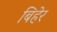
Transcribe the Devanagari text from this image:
बिहेर